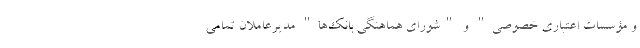
و مؤسسات اعتباری خصوصی" و "شورای هماهنگی بانک‌ها" مدیرعاملان تمامی